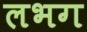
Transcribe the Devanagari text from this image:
लभग